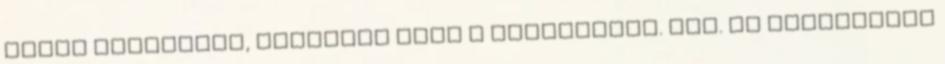
jónak hangzanak, jöjjenek csak a finomságok. Max. az ihletőiból